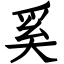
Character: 奚